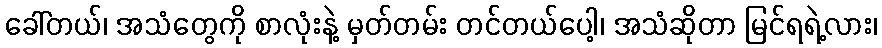
ခေါ်တယ်၊ အသံတွေကို စာလုံးနဲ့ မှတ်တမ်း တင်တယ်ပေါ့၊ အသံဆိုတာ မြင်ရရဲ့လား၊